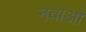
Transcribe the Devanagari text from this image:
नवाओ